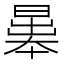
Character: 𣉱